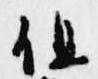
但